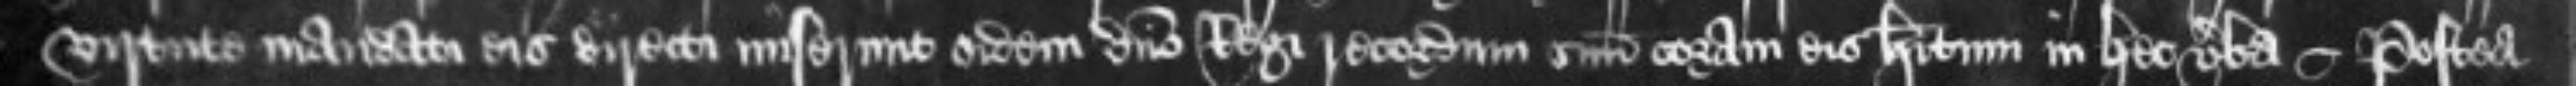
virtute mandati eis directi miserunt eidem domino Regi recordum suum coram eis habitum in hec verba --Postea